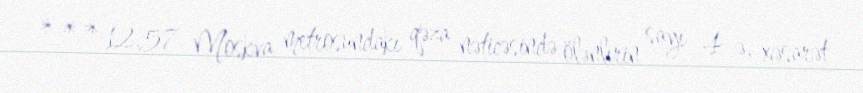
*** 12.57 Moskva metrosundakı qəza nəticəsində ölənlırin sayı 4-ə, xəsarət